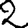
Digit: 2